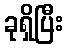
ခုရှိပြီး